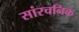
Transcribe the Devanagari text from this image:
सांरचनिक